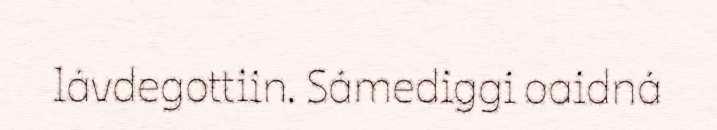
lávdegottiin. Sámediggi oaidná